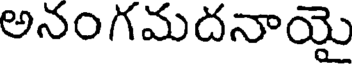
అనంగమదనాయై